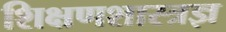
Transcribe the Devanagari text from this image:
शिक्षणशास्त्रज्ञ